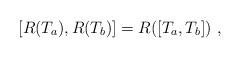
LaTeX: \begin{align*} [R(T_a),R(T_b)] = R([T_a,T_b])~,\end{align*}